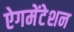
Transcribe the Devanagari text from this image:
ऐगमेंटेशन